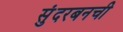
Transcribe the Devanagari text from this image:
सुंदरबनची